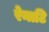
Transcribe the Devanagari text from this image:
रेनाटि